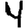
Digit: 4